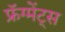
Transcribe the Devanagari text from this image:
फ्रॅग्मेंट्स